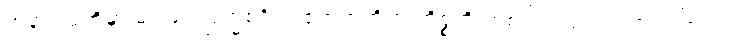
အနာဂါမ်တို့မှာ မဂ်ဖြင့် ဗြဟ္မစရိယ ဧကဘတ္တိက ကိစ္စတို ကစ်ပါးတည်းပါလာကြောင်း၊